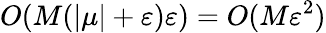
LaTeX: O(M(|\mu|+\varepsilon)\varepsilon)=O(M\varepsilon^{2})